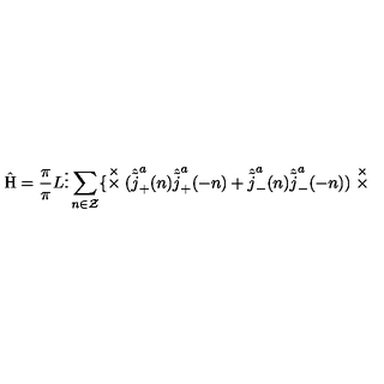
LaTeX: \hat { \mathrm { H } } = \frac { \pi } { \pi } { L } \vdots \sum _ { n \in \cal Z } \{ \stackrel { \times } { \times } ( \hat { \tilde { j } } _ { + } ^ { a } ( n ) \hat { \tilde { j } } _ { + } ^ { a } ( - n ) + \hat { \tilde { j } } _ { - } ^ { a } ( n ) \hat { \tilde { j } } _ { - } ^ { a } ( - n ) ) \stackrel { \times } { \times }